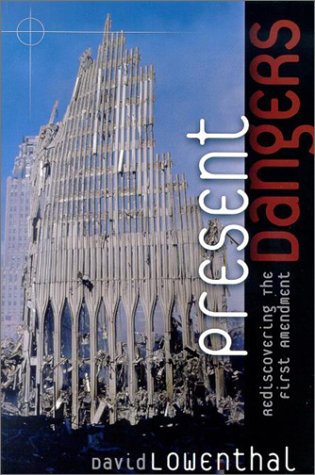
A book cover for Present Dangers: Rediscovering the First Amendment; David Lowenthal Ph.D; Law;